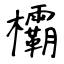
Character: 欛